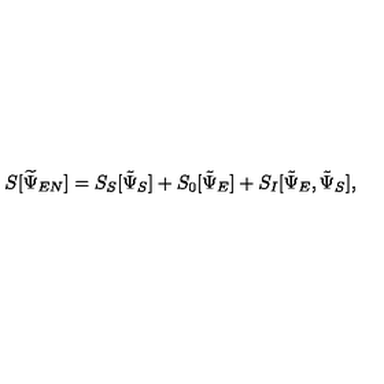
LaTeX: S [ \widetilde { \Psi } _ { E N } ] = S _ { S } [ \tilde { \Psi } _ { S } ] + S _ { 0 } [ \tilde { \Psi } _ { E } ] + S _ { I } [ \tilde { \Psi } _ { E } , \tilde { \Psi } _ { S } ] ,